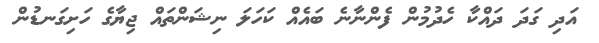
އަދި ގަދަ ދައްކާ ހެދުމުން ފެންނާނެ ބައެއް ކަހަލަ ނިޝަންތައް ޖިޔާގެ ހަށިގަނޑުން